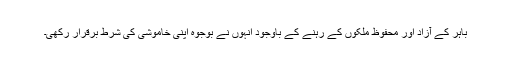
باہر کے آزاد اور محفوظ ملکوں کے رہنے کے باوجود انہوں نے بوجوہ اپنی خاموشی کی شرط برقرار رکھی۔